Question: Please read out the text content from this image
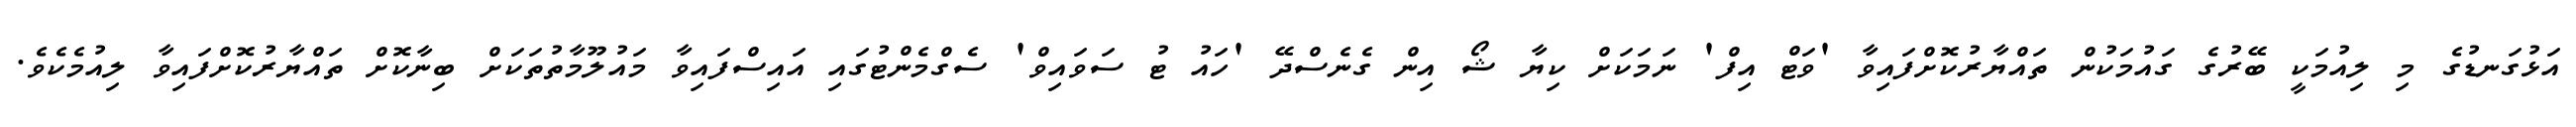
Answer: އަޅުގަނޑުގެ މި ލިއުމަކީ ބޭރުގެ ގައުމަކުން ތައްޔާރުކޮށްފައިވާ 'ވަޓް އިފް' ނަމަކަށް ކިޔާ ޝޯ އިން ގެނެސްދޭ 'ހައު ޓު ސަވައިވް' ސެގްމެންޓުގައި އައިސްފައިވާ މައުލޫމާތުތަކަށް ބިނާކޮށް ތައްޔާރުކޮށްފައިވާ ލިއުމެކެވެ.